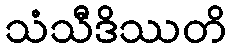
သံသီဒိဿတိ